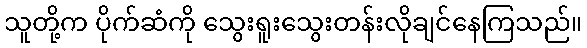
သူတို့က ပိုက်ဆံကို သွေးရူးသွေးတန်းလိုချင်နေကြသည်။